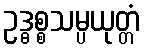
ဥဒ္ဓစ္စသမ္ပယုတ္တံ